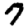
Digit: 7